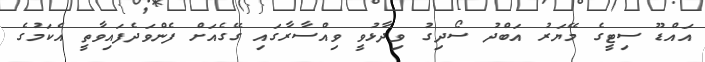
އައްޑޫ ސިޓީގެ މޭޔަރު އަބްދު ސޯދިގު ވިދާޅުވީ ވިއްސާރާގައި ގޭގެއަށް ފެންވަދެފައިވާތީ އެކަމުގެ